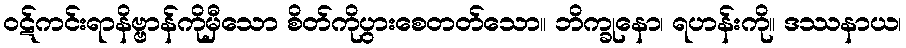
ဝဋ်ကင်းရာနိဗ္ဗာန်ကိုမှီသော စိတ်ကိုပွားစေတတ်သော။ ဘိက္ခုနော၊ ရဟန်းကို။ ဒဿနာယ၊